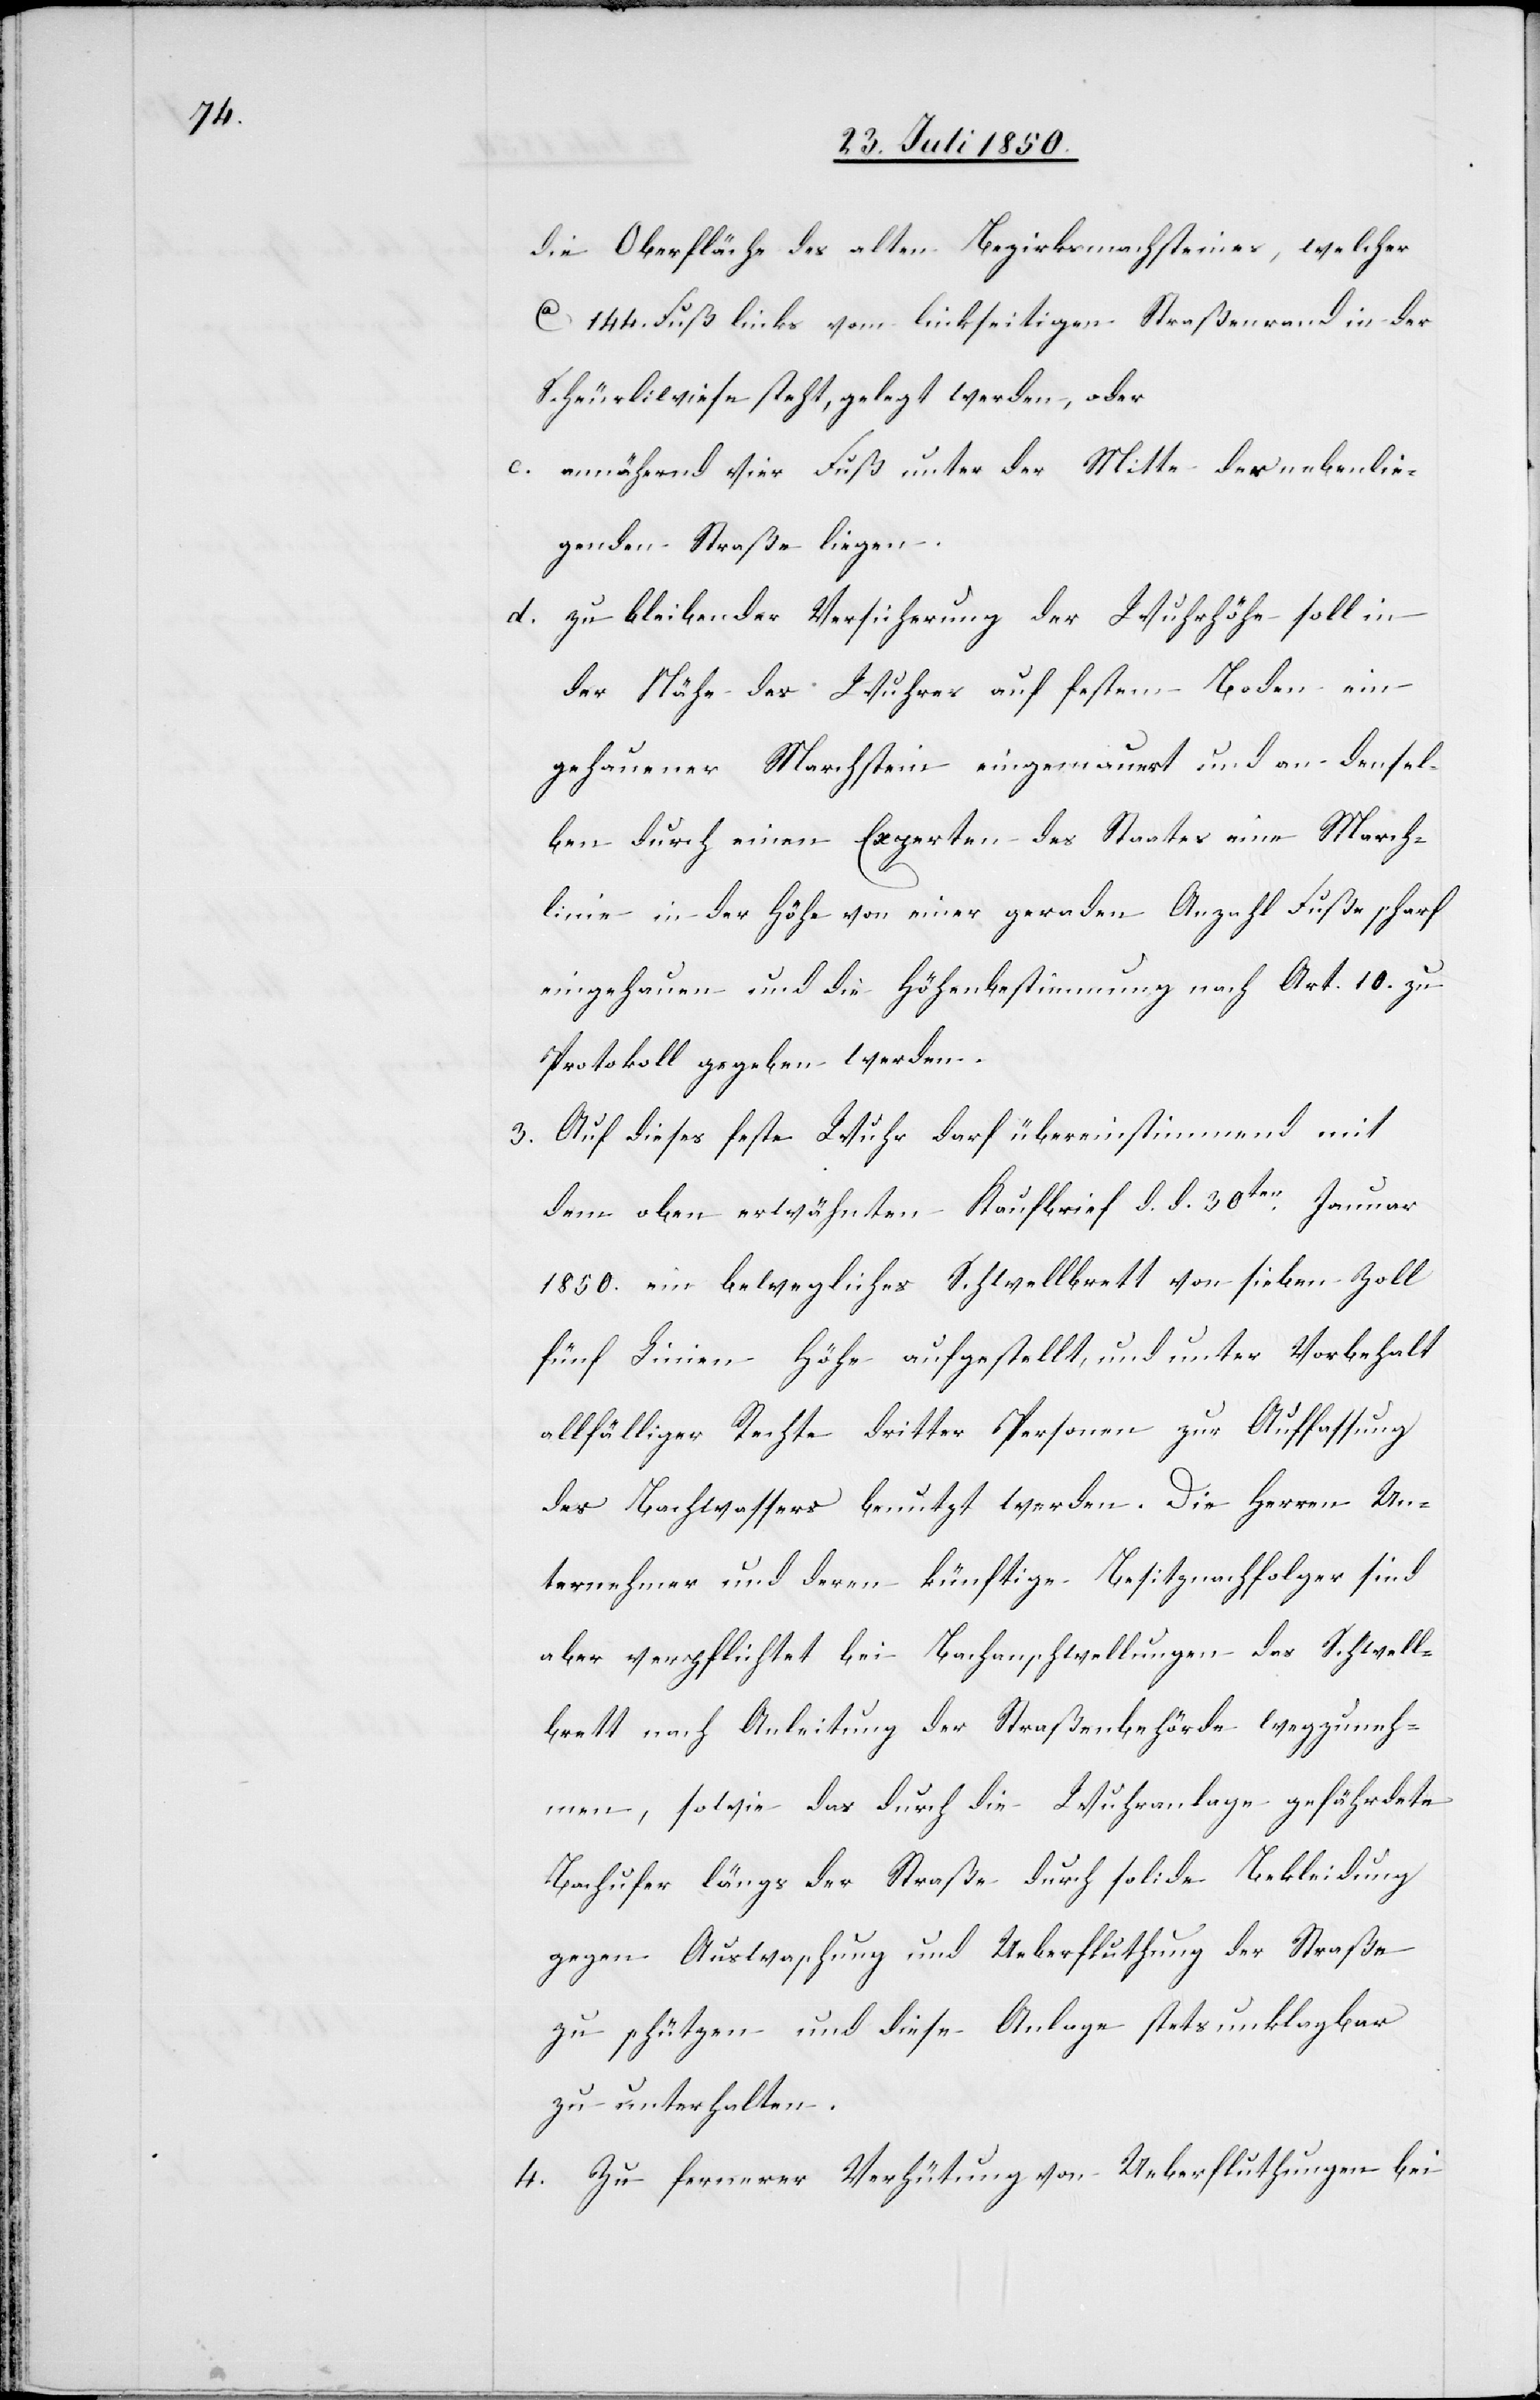
die Oberfläche des alten Bezirksma[r]chsteines , welcher
Ca 144. Fuß links vom linkseitigen Straßenrand in der
Scheurliwiese steht, gelegt werden, oder
c. annähernd vier Fuß unter der Mitte der nebenlie¬
genden Straße liegen.
d. zu bleibender Versicherung der Wuhrhöhe soll in
der Nähe des Wuhres auf festem Boden ein
gehauener Marchstein eingemauert und an densel¬
ben durch einen Experten des Staates eine March¬
linie in der Höhe von einer geraden Anzahl Fuße scharf
eingehauen und die Höhenbestimmung nach Art. 10. zu
Protokoll gegeben werden.
3. Auf dieses feste Wuhr darf übereinstimmend mit
dem oben erwähnten Kaufbrief d. d. 30ten Januar
1850. ein bewegliches Schwellbrett von sieben Zoll
fünf Linien Höhe aufgestellt, und unter Vorbehalt
allfälliger Rechte dritter Personen zur Auffassung
des Bachwassers benutzt werden. Die Herren Un¬
ternehmer und deren künftige Besitznachfolger sind
aber verpflichtet bei Bachanschwellungen das Schwell¬
brett nach Anleitung der Straßenbehörde wegzuneh¬
men, sowie das durch die Wuhranlage gefährdete
Bachufer längs der Straße durch solide Bekleidung
gegen Auswaschung und Ueberfluthung der Straße
zu schützen und diese Anlage stets unklagbar
zu unterhalten.
4. Zu fernerer Verhütung von Ueberfluthungen bei